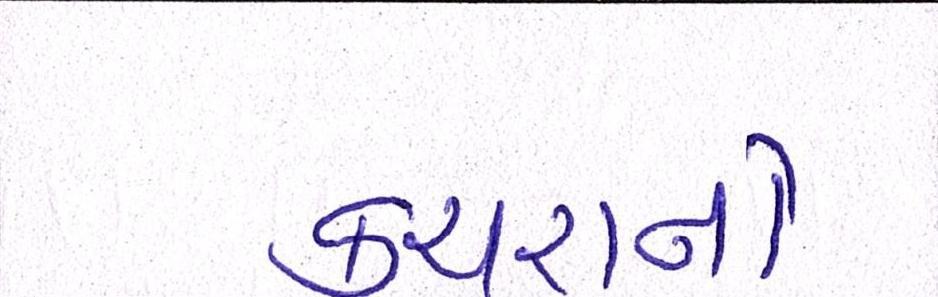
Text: કચરાનો